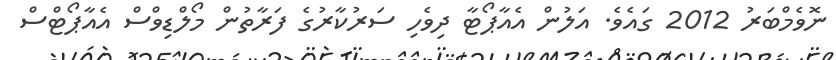
ނޮވެމްބަރު 2012 ގައެވެ. އަލުން އެއާޕޯޓާ ދިވެހި ސަރުކާރުގެ ފަރާތުން މޯލްޑިވްސް އެއާޕޯޓްސް